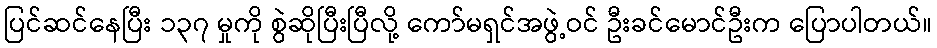
ပြင်ဆင်နေပြီး ၁၃၇ မှုကို စွဲဆိုပြီးပြီလို့ ကော်မရှင်အဖွဲ့ဝင် ဦးခင်မောင်ဦးက ပြောပါတယ်။